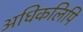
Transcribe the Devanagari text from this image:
अधिकलिपि